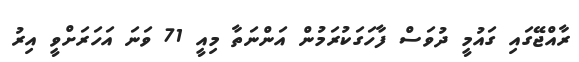
ރާއްޖޭގައި ގައުމީ ދުވަސް ފާހަގަކުރަމުން އަންނަތާ މިއީ 71 ވަނަ އަހަރަށްވީ އިރު